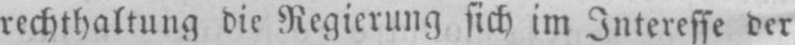
rechthaltung die Regierung sich im Interesse der